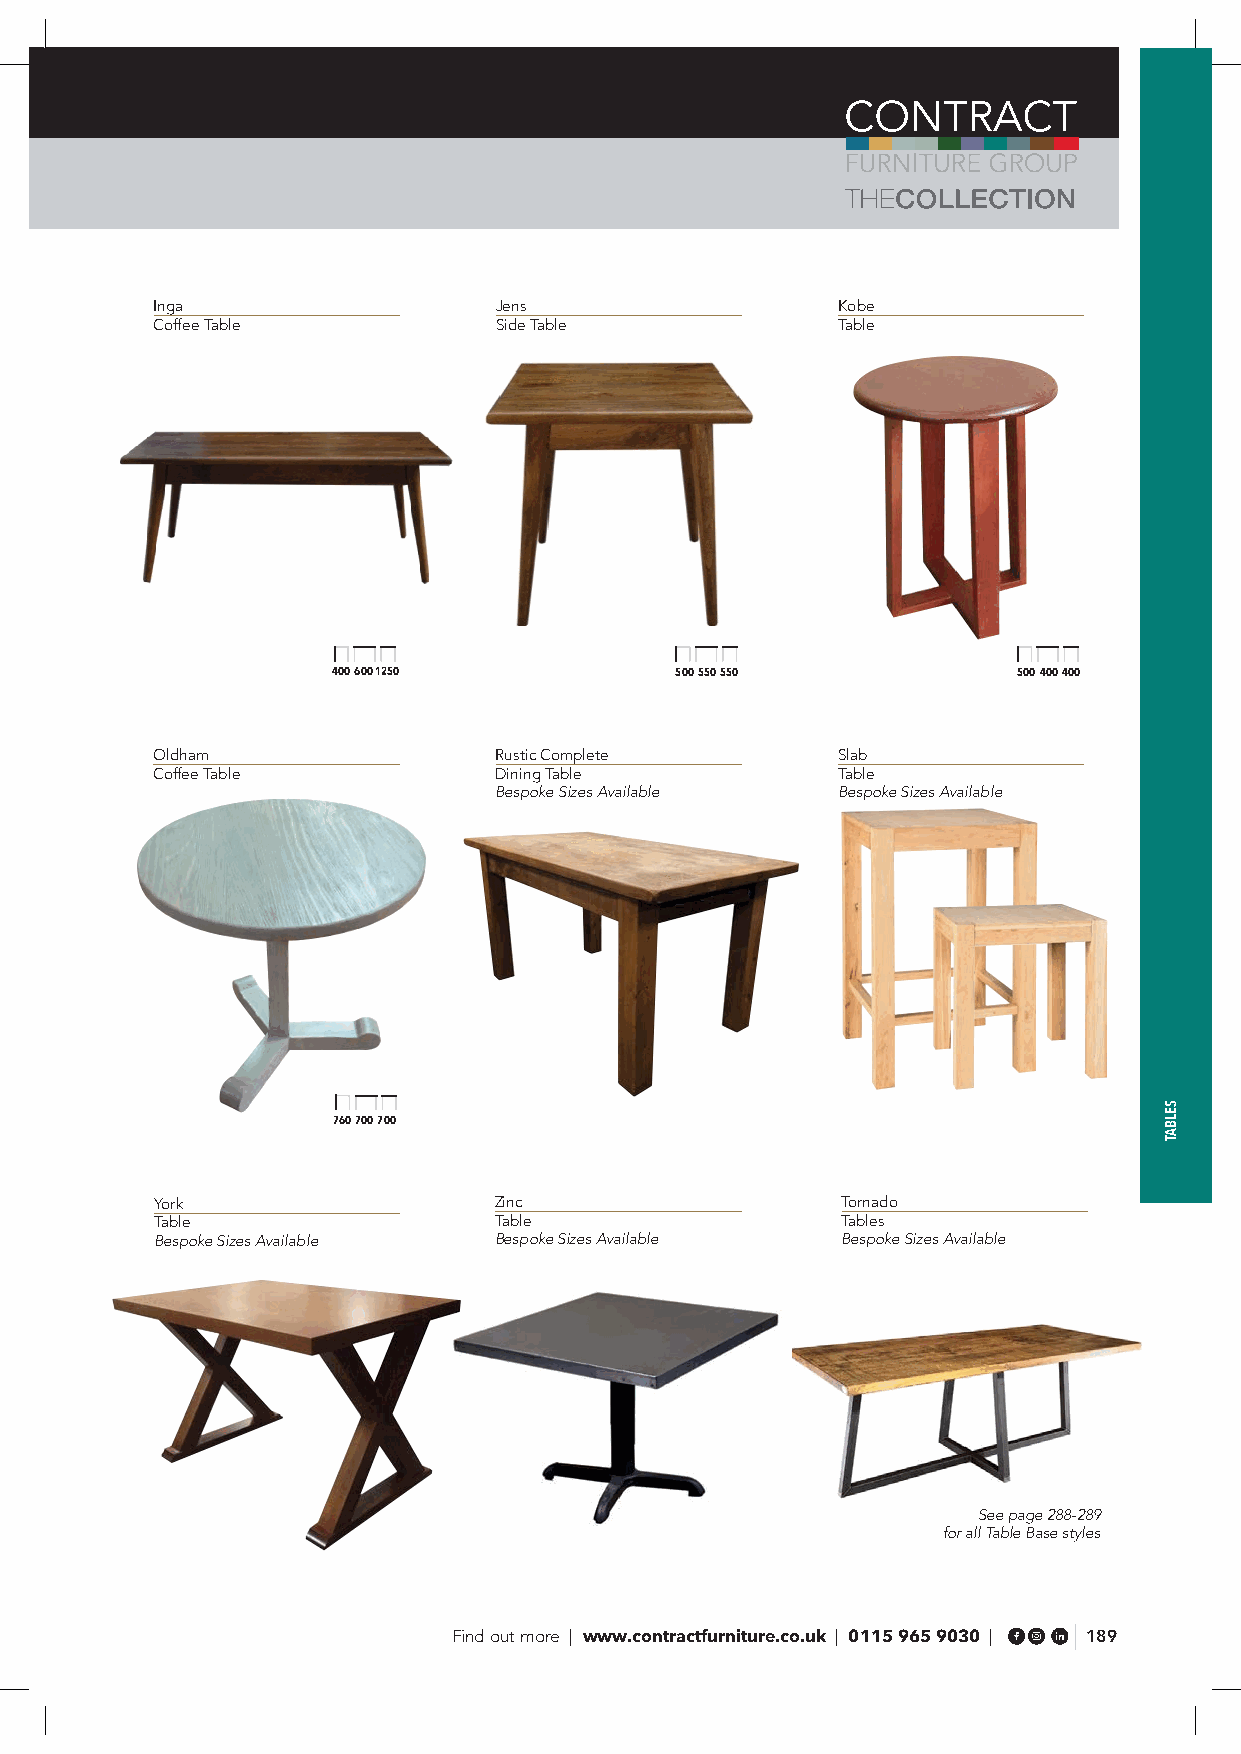
Inga                   Jens                  Kobe
 Coffee Table           Side Table            Table
 400 600 1250           500 550 550           500 400 400
 Oldham                 Rustic Complete       Slab
 Coffee Table           Dining Table          Table
 Bespoke Sizes Available Bespoke Sizes Available
 760 700 700
 York                   Zinc                   Tornado
 Table                  Table                  Tables
 Bespoke Sizes Available Bespoke Sizes Available Bespoke Sizes Available
 See page 288-289
 for all Table Base styles
 Find out more | www.contractfurniture.co.uk | 0115 965 9030 | 189
 SELBAT